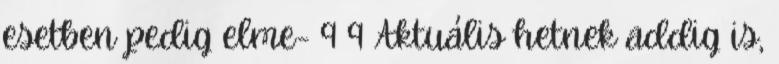
esetben pedig elme- 9 9 Aktuális hetnek addig is,